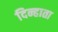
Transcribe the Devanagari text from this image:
दिन्हाता